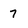
Character: 7